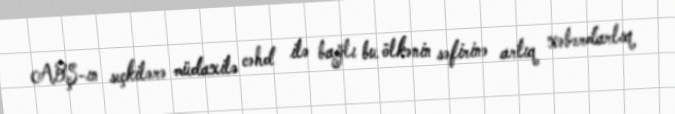
ABŞ-ın seçkilərə müdaxilə cəhd ilə bağlı bu ölkənin səfirinə artıq xəbərdarlıq